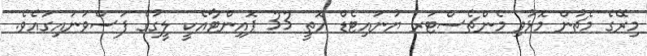
މިރޭގެ މެޗުން މޮޅުވި މެންޗެސްޓަރ ޔުނައިޓެޑް އޮތީ 33 ޕޮއިންޓާއެކީ ލީގުގެ ފަސްވަނައިގައެވެ.